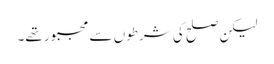
لیکن صلح کی شرطوں سے مجبور تھے۔